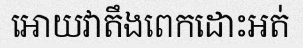
អោយវាតឹងពេកដោះអត់